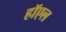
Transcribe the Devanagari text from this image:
हॉएल